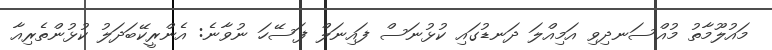
މައުލޫމާތު މުއްސަނދިވި އަމިއްލަ ދަނޑުގައި ކުޅުނަސް ފައިނަލް ފަސޭހަ ނުވާނެ: އެންރީކޭބަދަލު ކުޅުންތެރިއާ